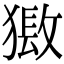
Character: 𤡏